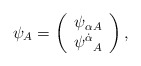
\begin{align*}\psi_A=\left(\begin{array}{c} {\psi_\alpha}{}_A\\ {\psi^{\dot\alpha}}_A \end{array} \right),\end{align*}